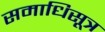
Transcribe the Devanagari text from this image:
समाधिसूत्र